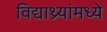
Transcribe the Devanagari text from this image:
विद्याथ्र्यांमध्ये